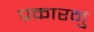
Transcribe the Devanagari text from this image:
प्रकारनुं